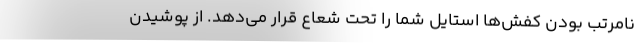
نامرتب بودن کفش‌ها استایل شما را تحت شعاع قرار می‌دهد. از پوشیدن